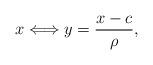
LaTeX: \begin{align*}x\Longleftrightarrow y=\frac{x-c}{\rho},\end{align*}